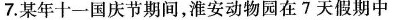
7.某年十一国庆节期间，淮安动物园在7天假期中